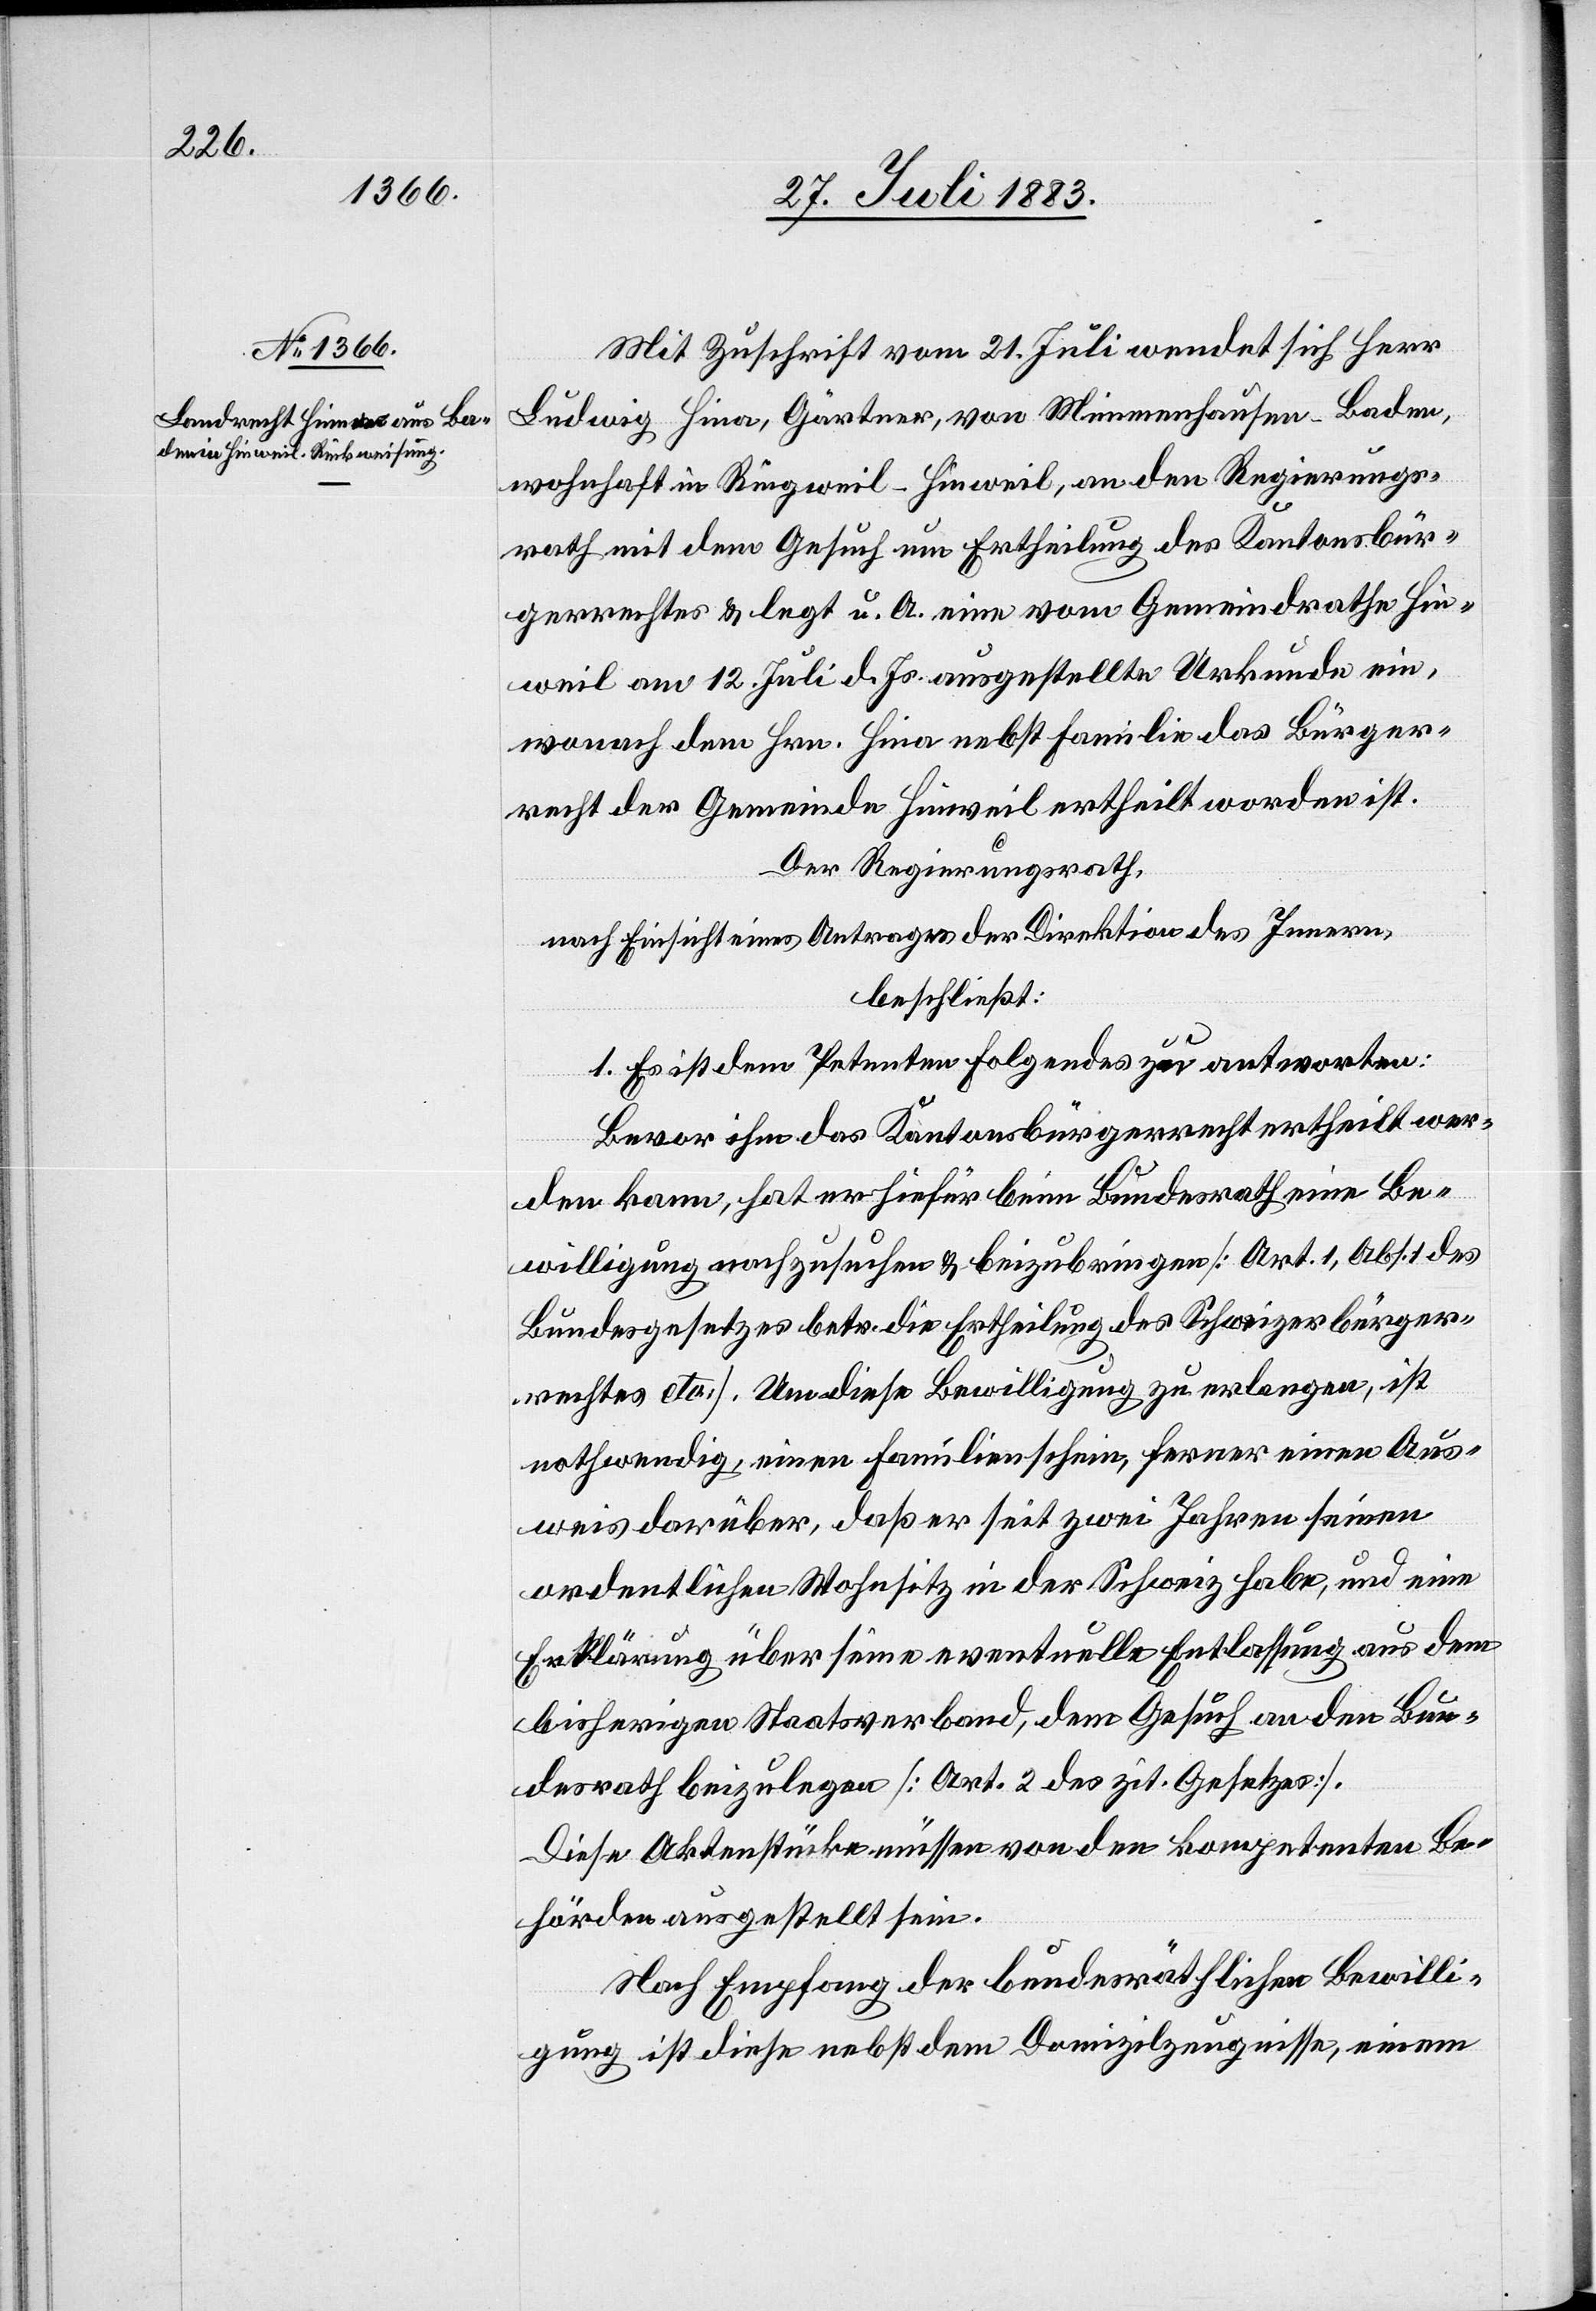
Mit Zuschrift vom 21. Juli wendet sich Herr
Ludwig Hina [sic!], Gärtner, von Mimmenhausen - Baden,
wohnhaft in Ringweil - Hinweil, an den Regierungs¬
rath mit dem Gesuch um Ertheilung des Kantonsbür¬
gerrechtes & legt u. A. eine vom Gemeindrathe Hin¬
weil am 12. Juli d. Js. ausgestellte Urkunde ein,
wonach dem Hrn. Hina nebst Familie das Bürger¬
recht der Gemeinde Hinweil ertheilt worden ist.
Der Regierungsrath,
nach Einsicht eines Antrages der Direktion des Innern,
beschließt:
1. Es ist dem Petenten Folgendes zu antworten:
Bevor ihm das Kantonsbürgerrecht ertheilt wer¬
den kann, hat er hiefür beim Bundesrath eine Be¬
willigung nachzusuchen & beizubringen [Art. 1, Abs. 1 des
Bundesgesetzes betr. die Ertheilung des Schweizerbürger¬
rechtes etc.]. Um diese Bewilligung zu erlangen, ist
nothwendig, einen Familienschein, ferner einen Aus¬
weis darüber, daß er seit zwei Jahren seinen
ordentlichen Wohnsitz in der Schweiz habe, und eine
Erklärung über seine eventuelle Entlassung aus dem
bisherigen Staatsverband, dem Gesuch an den Bun¬
desrath beizulegen [Art. 2 des zit. Gesetzes].
Diese Aktenstücke müssen von den kompetenten Be¬
hörden ausgestellt sein.
Nach Empfang der bundesräthlichen Bewilli¬
gung ist diese nebst dem Domizilzeugnisse, einem